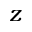
z